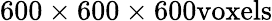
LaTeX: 600\times 600\times 600\mathrm{voxels}